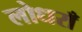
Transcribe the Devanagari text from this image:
लोधराँ